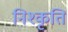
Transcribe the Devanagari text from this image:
निश्कृति